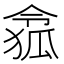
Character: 𠍐